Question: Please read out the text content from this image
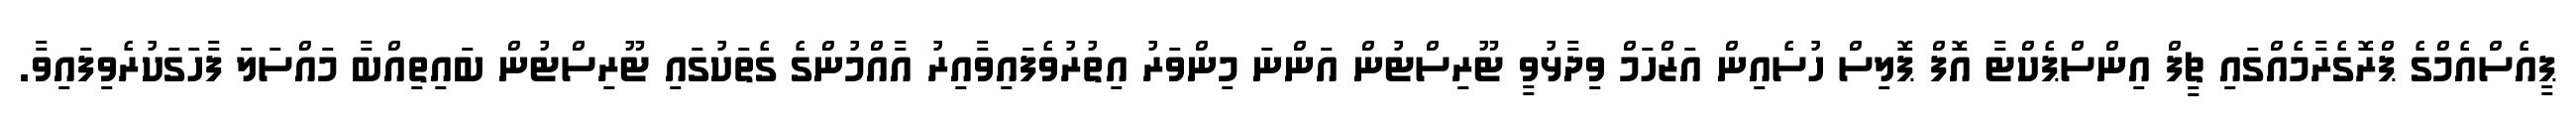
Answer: ޕީއެސްއެމްގެ ޕްރޮގެރާމެއްގައި ޗީފް އިންސްޕެކްޓާ އޮފް ޕޮލިސް ހުސެއިން އަޒްހަމް ވިދާޅުވީ ޓޫރިސްޓުން އަންނަ މިންވަރު އިތުރުވެފައިވާއިރު އާއްމުންގެ ގެތަކުގައި ޓޫރިސްޓުން ބައިތިއްބާ މައްސަލަ ފާހަގަކުރެވިފައިވާ.